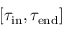
[ \tau _ { \mathrm { i n } } , \tau _ { \mathrm { e n d } } ]